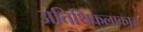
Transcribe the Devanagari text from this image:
अतिथिकलाकार